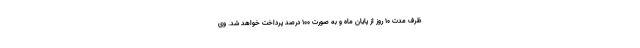
ظرف مدت ۱۰ روز از پایان ماه و به صورت ۱۰۰ درصد پرداخت خواهد شد. وی